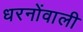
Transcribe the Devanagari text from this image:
धरनोंवाली